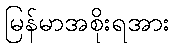
မြန်မာအစိုးရအား